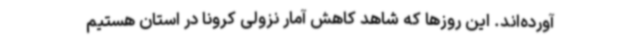
آورده‌اند. این روزها که شاهد کاهش آمار نزولی کرونا در استان هستیم